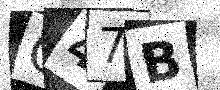
Text: C47B